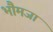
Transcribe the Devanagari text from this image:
भौमजा